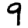
Digit: 9